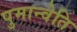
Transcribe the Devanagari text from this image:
पुमान्वेति